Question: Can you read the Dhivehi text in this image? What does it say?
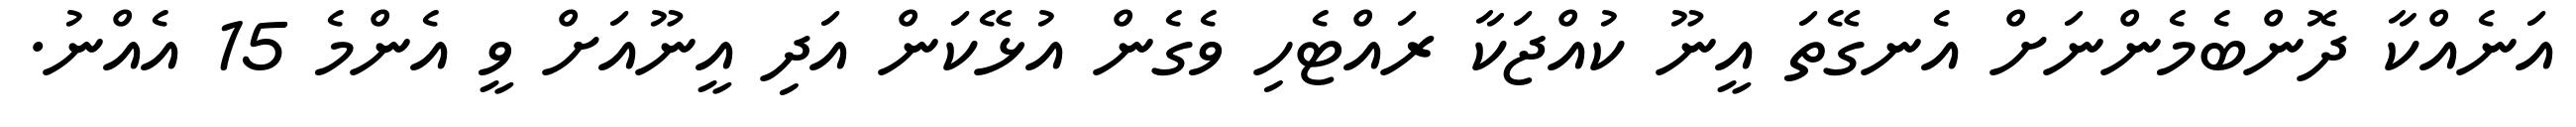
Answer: އަނެއްކާ ދޮންބެމެންނަށް އެނގޭތަ އީނޫ ކުއްޖަކާ ރައްޓެހި ވެގެން އުޅޭކަން އަދި އީނޫއަށް ވީ އެންމެ 15 އެއްނު.